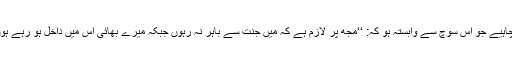
’’ یا بالفاظ دیگر مقابلے کو ایک حرکت اور عقلی تحریک ہونا چاہیے جو اس سوچ سے وابستہ ہو کہ: ‘‘مجھ پر لازم ہے کہ میں جنت سے باہر نہ رہوں جبکہ میرے بھائی اس میں داخل ہو رہے ہوں ، بلکہ ضروری ہے کہ میں بھی ان کے ہمراہ داخل ہو جاؤں۔